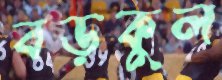
বড়কুল